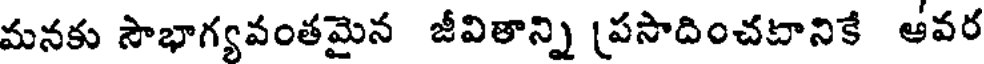
మనకు సౌభాగ్యవంతమైన జీవితాన్ని (పసాదించటానికే ఆవర